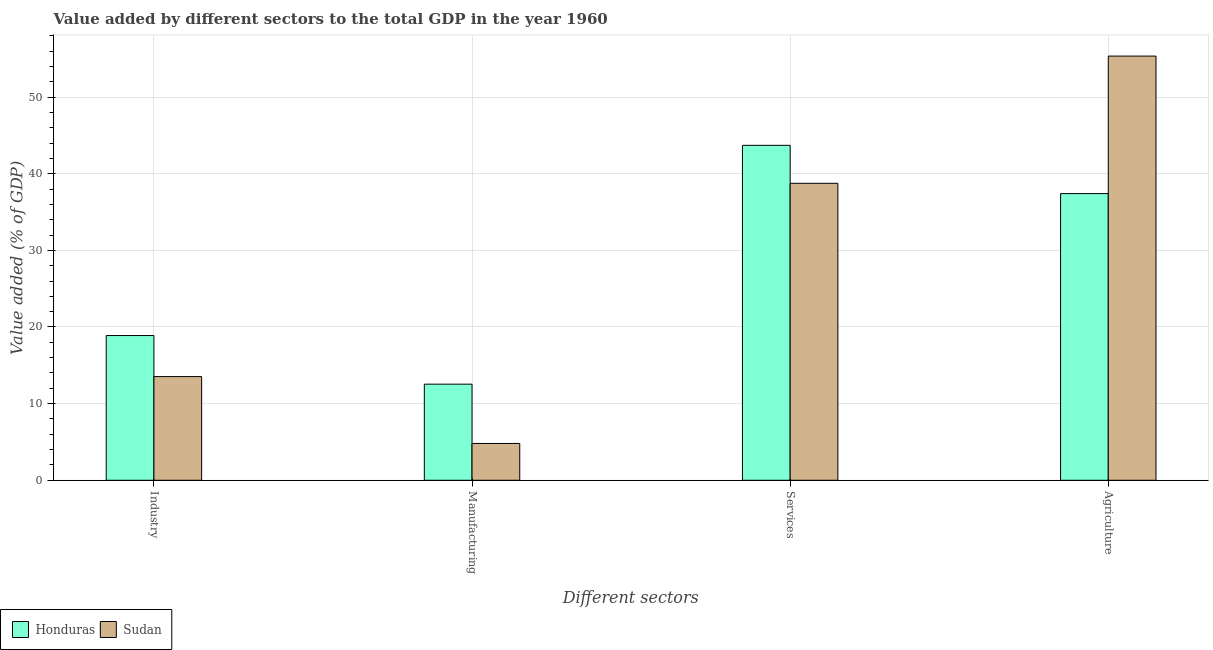
| Different sectors | Honduras | Sudan |
 | --- | --- | --- |
 | Industry | 18.9 | 13.5 |
 | Manufacturing | 12.5 | 4.8 |
 | Services | 43.7 | 38.7 |
 | Agriculture | 37.4 | 55.4 |